King Institute of Preventive Medicine Bacteriolog. Section reports 1907-08
Year: 1907
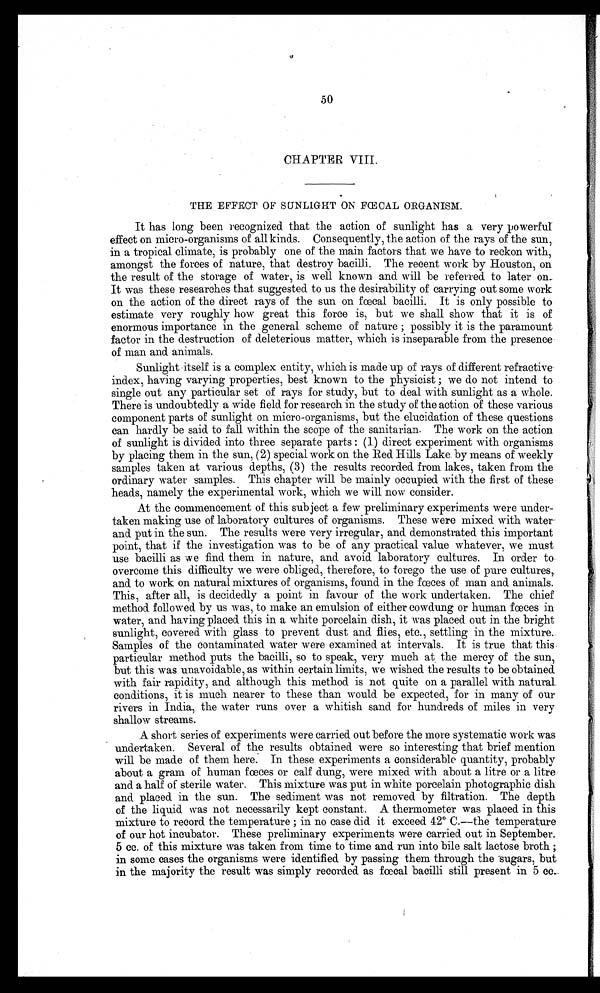
50
CHAPTER VIII.
THE EFFECT OF SUNLIGHT ON FŒCAL ORGANISM.
It has long been recognized that the action of sunlight has a very powerful:
effect on micro-organisms of all kinds. Consequently, the action of the rays of the sun,
in a tropical climate, is probably one of the main factors that we have to reckon with,
amongst the forces of nature, that destroy bacilli. The recent work by Houston, on
the result of the storage of water, is well known and will be referred to later on.
It was these researches that suggested to us the desirability of carrying out some work
on the action of the direct rays of the sun on fœcal bacilli. It is only possible to
estimate very roughly how great this force is, but we shall show that it is of
enormous importance in the general scheme of nature ; possibly it is the paramount
factor in the destruction of deleterious matter, which is inseparable from the presence
of man and animals.
Sunlight itself is a complex entity, which is made up of rays of different refractive
index, having varying properties, best known to the physicist ; we do not intend to
single out any particular set of rays for study, but to deal with sunlight as a whole.
There is undoubtedly a wide field for research in the study of the action of these various
component parts of sunlight on micro-organisms, but the elucidation of these questions
can hardly be said to fall within the scope of the sanitarian. The work on the action
of sunlight is divided into three separate parts : (1) direct experiment with organisms
by placing them in the sun, (2) special work on the Red Hills Lake by means of weekly
samples taken at various depths, (3) the results recorded from lakes, taken from the
ordinary water samples. This chapter will be mainly occupied with the first of these
heads, namely the experimental work, which we will now consider.
At the commencement of this subject a few preliminary experiments were under-
taken making use of laboratory cultures of organisms. These were mixed with water-
and put in the sun. The results were very irregular, and demonstrated this important
point, that if the investigation was to be of any practical value whatever, we must
use bacilli as we find them in nature, and avoid laboratory cultures. In order to
overcome this difficulty we were obliged, therefore, to forego the use of pure cultures,.
and to work on natural mixtures of organisms, found in the fœces of man and animals.
This, after all, is decidedly a point in favour of the work undertaken. The chief
method followed by us was, to make an emulsion of either cowdung or human fœces in
water, and having placed this in a white porcelain dish, it was placed out in the bright
sunlight, covered with glass to prevent dust and flies, etc., settling in the mixture.
Samples of the contaminated water were examined at intervals. It is true that this
particular method puts the bacilli, so to speak, very much at the mercy of the sun,
but this was unavoidable, as within certain limits, we wished the results to be obtained
with fair rapidity, and although this method is not quite on a parallel with natural.
conditions, it is much nearer to these than would be expected, for in many of our
rivers in India, the water runs over a whitish sand for hundreds of miles in very
shallow streams.
A short series of experiments were carried out before the more systematic work was
undertaken. Several of the results obtained were so interesting that brief mention
will be made of them here. In these experiments a considerable quantity, probably
about a gram of human fœces or calf dung, were mixed with about a litre or a litre
a n d a h a l f o f s t e r i l e w a t e r . T h i s m i x t u r e w a s p u t i n w h i t e p o r c e l a i n p h o t o g r a p h i c d i s h
and placed in the sun. The sediment was not removed by filtration. The depth
of the liquid was not necessarily kept constant. A thermometer was placed in this
mixture to record the temperature ; in no case did it exceed 42° C.-the temperature
of our hot incubator. These preliminary experiments were carried out in September.
5 cc. of this mixture was taken from time to time and run into bile salt lactose broth ;
in some cases the organisms were identified by passing them through the sugars, but
in the majority the result was simply recorded as fœcal bacilli still present in 5 cc .